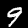
Digit: 9